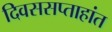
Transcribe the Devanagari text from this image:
दिवससप्ताहांत